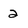
Character: 2